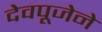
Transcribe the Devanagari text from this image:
देवपूजेने